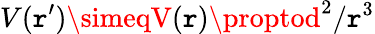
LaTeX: V(\mathtt{r}^{\prime})\simeqV(\mathtt{r})\proptod^{2}/\mathtt{r}^{3}